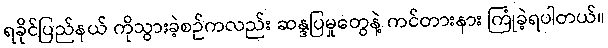
ရခိုင်ပြည်နယ် ကိုသွားခဲ့စဉ်ကလည်း ဆန္ဒပြမှုတွေနဲ့ ကင်တားနား ကြုံခဲ့ရပါတယ်။